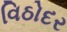
વિઠોદર